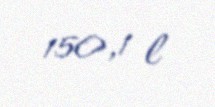
150,1 l